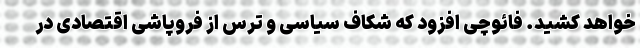
خواهد کشید. فائوچی افزود که شکاف سیاسی و ترس از فروپاشی اقتصادی در